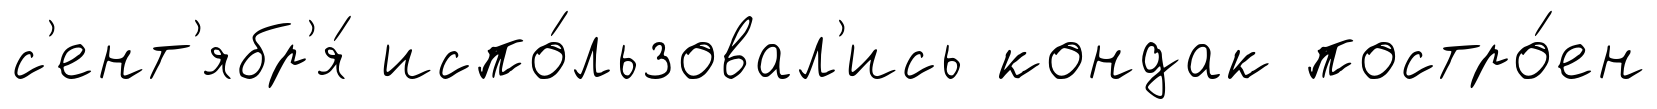
с'ент'ябр'я́ испо́льзовал'ись кондак постро́ен